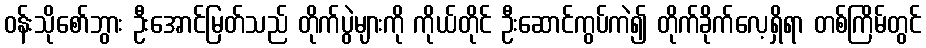
ဝန်းသိုစော်ဘွား ဦးအောင်မြတ်သည် တိုက်ပွဲများကို ကိုယ်တိုင် ဦးဆောင်ကွပ်ကဲ၍ တိုက်ခိုက်လေ့ရှိရာ တစ်ကြိမ်တွင်